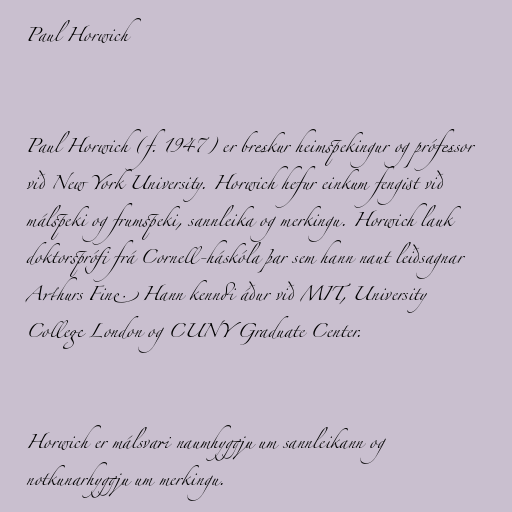
Paul Horwich

Paul Horwich (f. 1947) er breskur heimspekingur og prófessor
við New York University. Horwich hefur einkum fengist við
málspeki og frumspeki, sannleika og merkingu. Horwich lauk
doktorsprófi frá Cornell-háskóla þar sem hann naut leiðsagnar
Arthurs Fine. Hann kenndi áður við MIT, University
College London og CUNY Graduate Center.

Horwich er málsvari naumhyggju um sannleikann og
notkunarhyggju um merkingu.